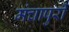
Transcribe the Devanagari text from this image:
मंचापुरी